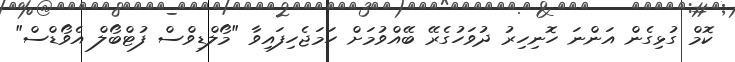
ކޮމް ގުޅިގެން އަންނަ ހޮނިހިރު ދުވަހުގެރޭ ބޭއްވުމަށް ހަމަޖެހިފައިވާ "މޯލްޑިވްސް ފުޓްބޯލް އެވޯޑްސް"